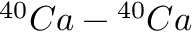
^ { 4 0 } C a - { ^ { 4 0 } C a }